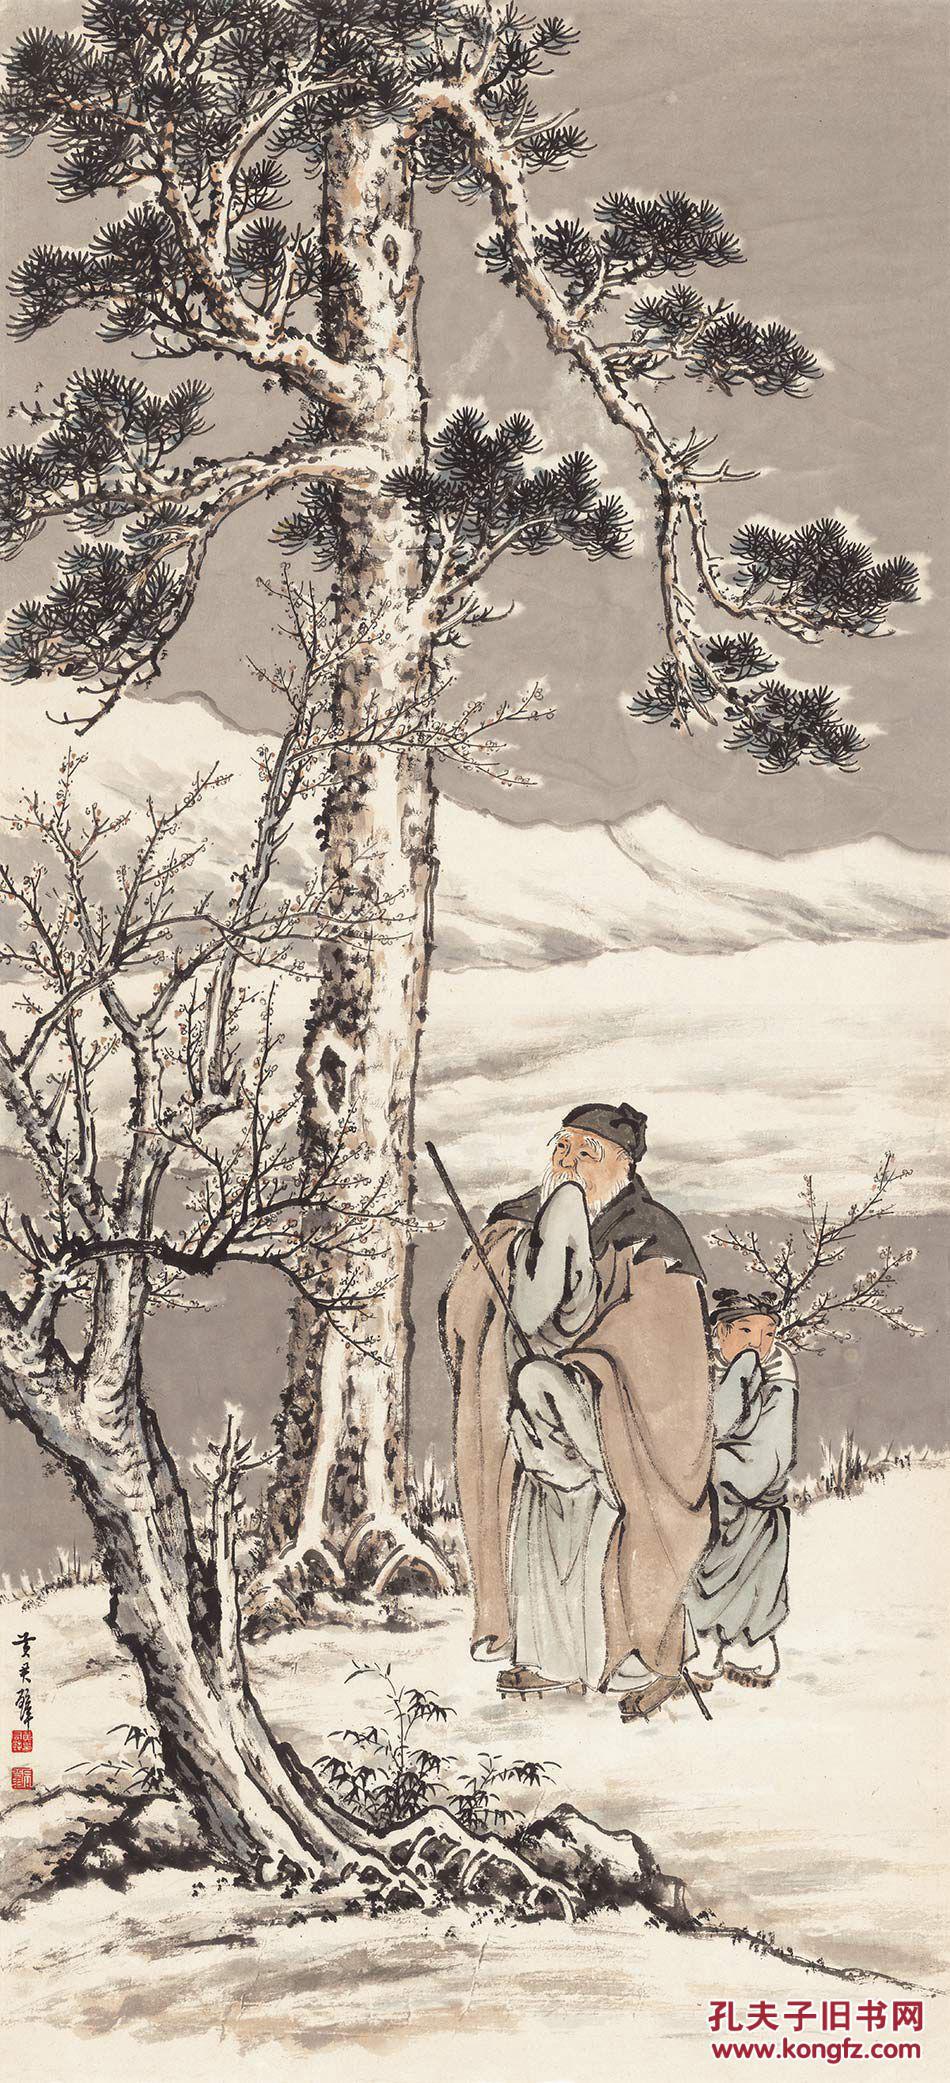
君人者，爱民而安，好士而荣，两者无一焉而亡。